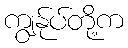
ကျွနု်ပ်တို့က